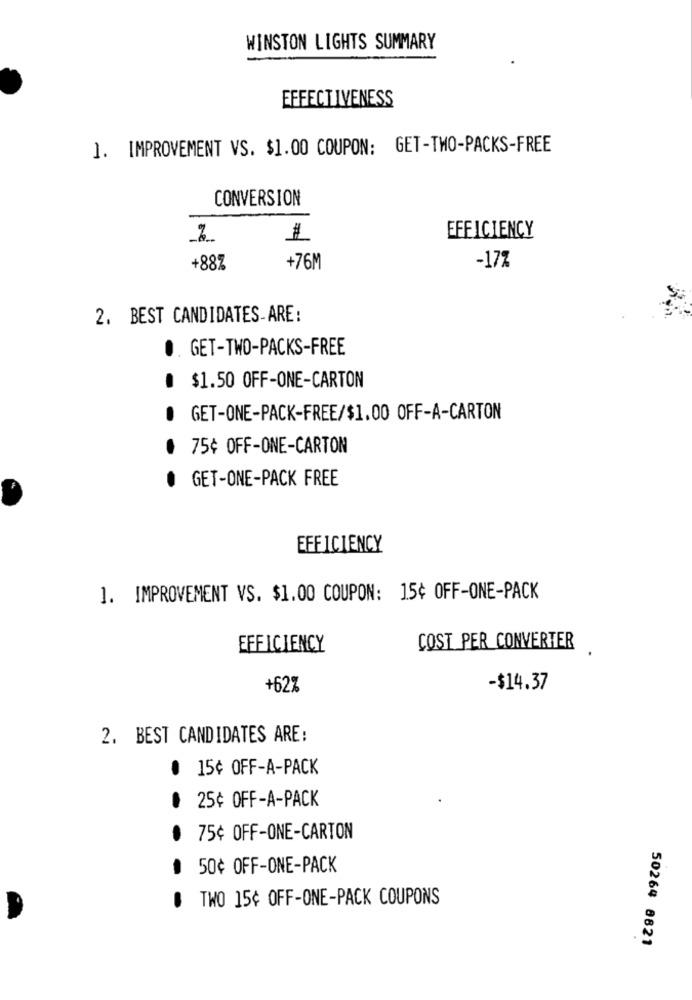
WINSTON LIGHTS SUMMARY
EFFECTIVENESS
1. IMPROVEMENT VS. $1.00 COUPON: GET-TWO-PACKS-FREE
CONVERSION
1
EFFICIENCY
+88%
+76M
-17%
2. BEST CANDIDATES-ARE:
0. GET-TWO-PACKS-FREE
$1.50 OFF-ONE-CARTON
GET-ONE-PACK-FREE/$1.00 OFF-A-CARTON
75¢ OFF-ONE-CARTON
· GET-ONE-PACK FREE
EFFICIENCY
1. IMPROVEMENT VS. $1.00 COUPON: 15¢ OFF-ONE-PACK
EFFICIENCY
COST PER CONVERTER
+62%
-$14.37
2. BEST CANDIDATES ARE:
. 15¢ OFF-A-PACK
25¢ OFF-A-PACK
75¢ OFF-ONE-CARTON
50¢ OFF-ONE-PACK
. TWO 15¢ OFF-ONE-PACK COUPONS
50264 8821